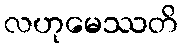
လဟုမေဿတိ